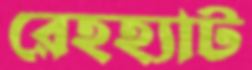
রেহহ্যাট